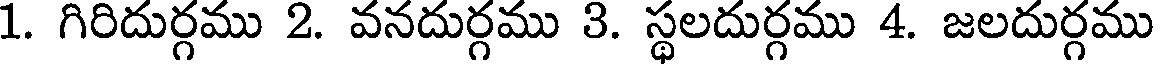
1. గిరిదుర్గము 2. వనదుర్గము 3. స్థలదుర్గము 4. జలదుర్గము